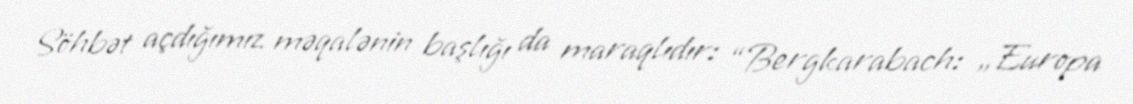
Söhbət açdığımız məqalənin başlığı da maraqlıdır: “Bergkarabach: „Europa